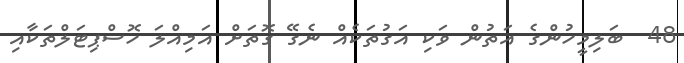
48  ބަލިމީހުންގެ އަތުން ވަކި އަގުތަކެއް ނެގޭ ގޮތަށް އަމިއްލަ ހޮސްޕިޓަލްތަކާއި